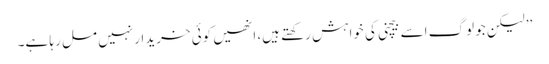
’’لیکن جو لوگ اسے بیچنی کی خواہش رکھتے ہیں، انھیں کوئی خریدار نہیں مل رہا ہے۔